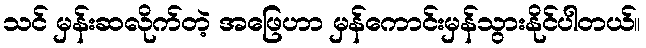
သင် မှန်းဆလိုက်တဲ့ အဖြေဟာ မှန်ကောင်းမှန်သွားနိုင်ပါတယ်။